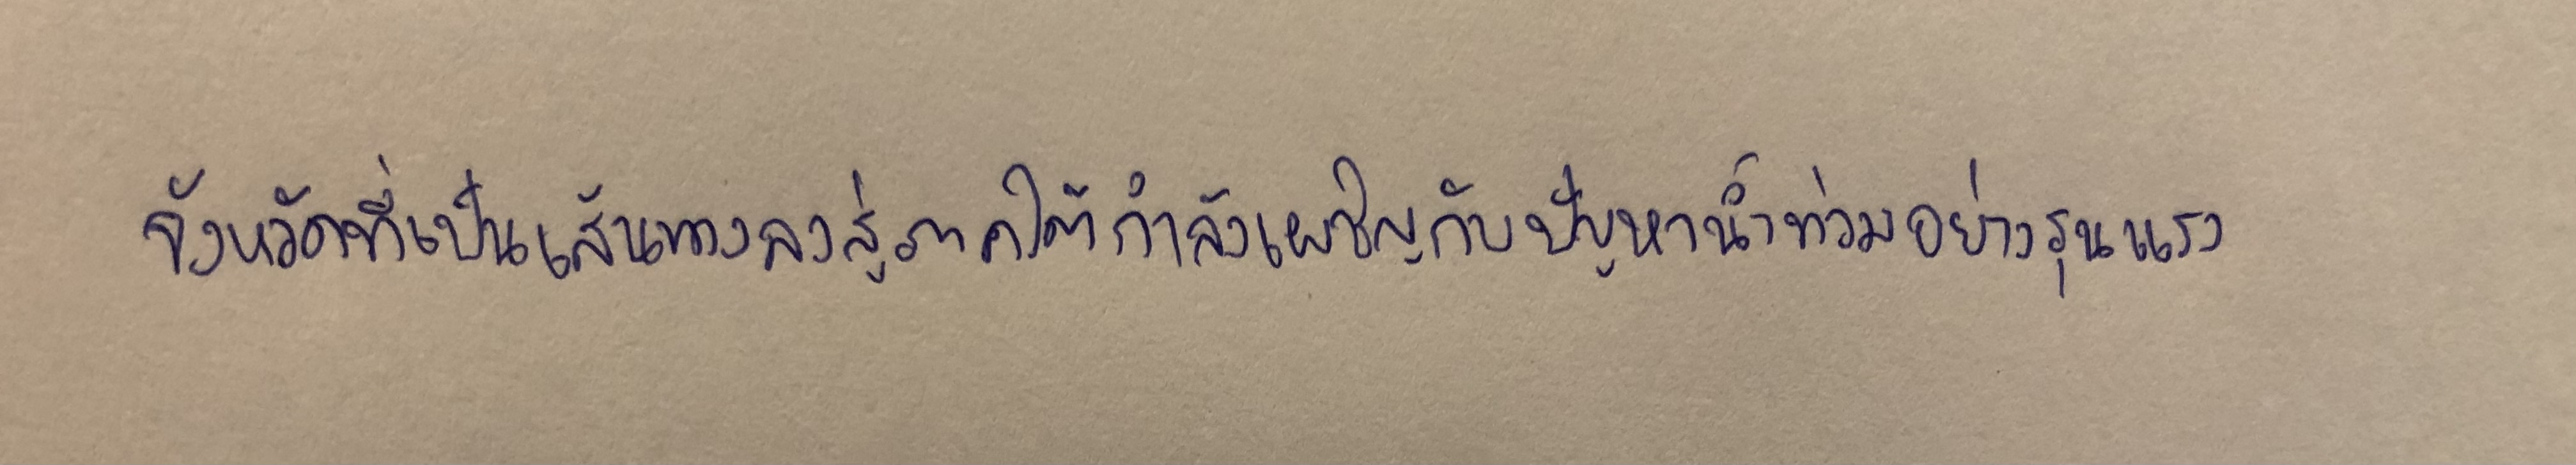
จังหวัดที่เป็นเส้นทางลงสู่ภาคใต้กำลังเผชิญกับปัญหาน้ำท่วมอย่างรุนแรง